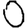
Digit: 0